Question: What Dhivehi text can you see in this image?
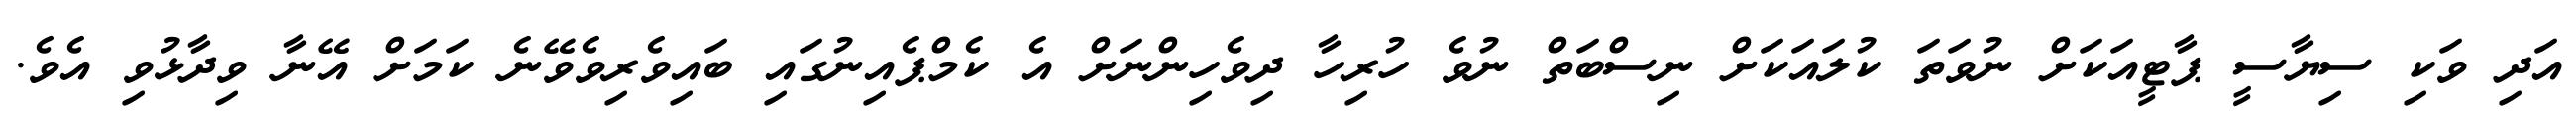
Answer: އަދި ވަކި ސިޔާސީ ޕާޓީއަކަށް ނުވަތަ ކުލައަކަށް ނިސްބަތް ނުވެ ހުރިހާ ދިވެހިންނަށް އެ ކެމްޕެއިނުގައި ބައިވެރިވެވޭނެ ކަމަށް އޭނާ ވިދާޅުވި އެވެ.